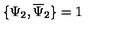
\{ \Psi _ { 2 } , \overline { { \Psi } } _ { 2 } \} = 1